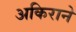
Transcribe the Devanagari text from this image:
अकिराने